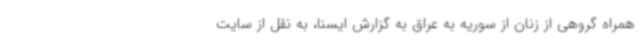
همراه گروهی از زنان از سوریه به عراق به گزارش ایسنا، به نقل از سایت